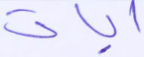
آيات